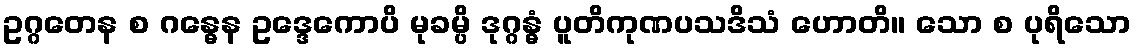
ဥဂ္ဂတေန စ ဂန္ဓေန ဥဒ္ဒေကောပိ မုခမ္ပိ ဒုဂ္ဂန္ဓံ ပူတိကုဏပသဒိသံ ဟောတိ။ သော စ ပုရိသော